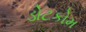
ડોટકોમ